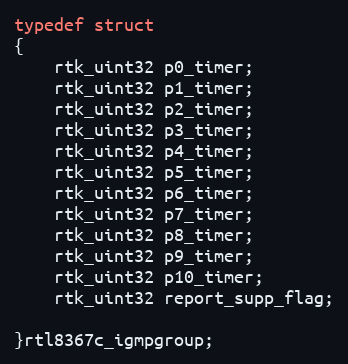
Language: C
typedef struct
{
    rtk_uint32 p0_timer;
    rtk_uint32 p1_timer;
    rtk_uint32 p2_timer;
    rtk_uint32 p3_timer;
    rtk_uint32 p4_timer;
    rtk_uint32 p5_timer;
    rtk_uint32 p6_timer;
    rtk_uint32 p7_timer;
    rtk_uint32 p8_timer;
    rtk_uint32 p9_timer;
    rtk_uint32 p10_timer;
    rtk_uint32 report_supp_flag;

}rtl8367c_igmpgroup;